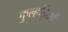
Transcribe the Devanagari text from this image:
कुल्हड़ियों